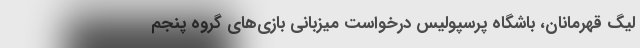
لیگ قهرمانان، باشگاه پرسپولیس درخواست میزبانی بازی‌های گروه پنجم